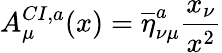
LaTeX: A_{\mu}^{CI,a}(x)=\overline{{{\eta}}}_{\nu\mu}^{a}\frac{x_{\nu}}{x^{2}}